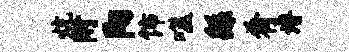
炕附阳饰噬繇肴谱